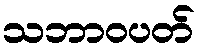
သဘာဝပတ်